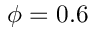
\phi = 0 . 6